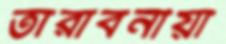
তারাবনীয়া